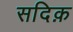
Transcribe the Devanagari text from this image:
सदिक़